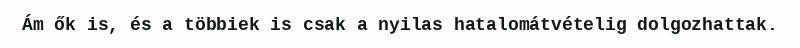
Ám ők is, és a többiek is csak a nyilas hatalomátvételig dolgozhattak.